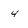
Character: 4